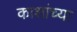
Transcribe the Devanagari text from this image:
काशांच्या